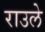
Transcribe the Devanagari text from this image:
राउले